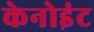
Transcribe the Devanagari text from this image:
केनोइंट